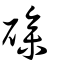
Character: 磣